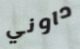
داوني